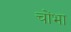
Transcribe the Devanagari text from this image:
चोंभा